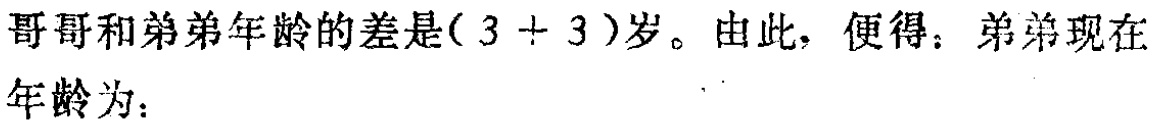
哥哥和弟弟年龄的差是\((3 + 3)\)岁。由此，便得：弟弟现在年龄为：